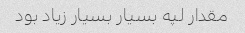
مقدار لپه بسیار بسیار زیاد بود